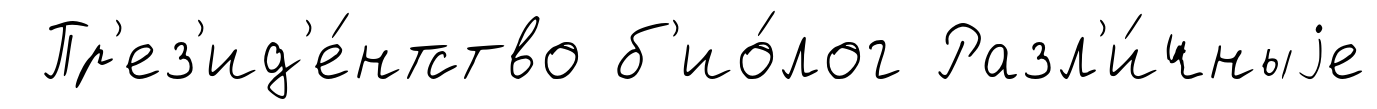
Пр'ез'ид'е́нтство б'ио́лог Разл'и́чныjе